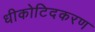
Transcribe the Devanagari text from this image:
धीकोटिदकरण